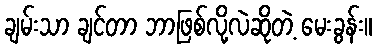
ချမ်းသာ ချင်တာ ဘာဖြစ်လို့လဲဆိုတဲ့ မေးခွန်း။